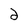
Character: 2